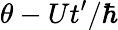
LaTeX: \theta-Ut^{\prime}/\hbar